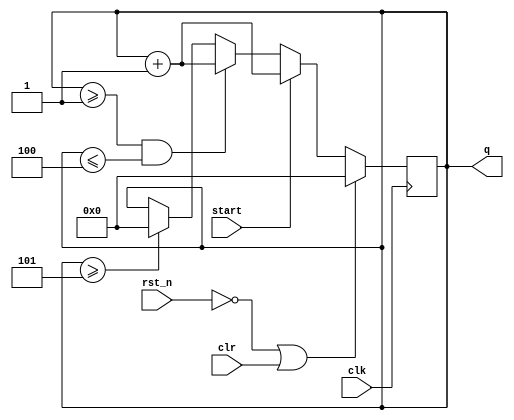
module counter
    (
        input wire        clk,
        input wire        rst_n,
        input wire        clr,
        input wire        start,
        output wire [3:0] q
    );
    
    reg [3:0] cnt_reg;

    always @(posedge clk)
    begin
        if (!rst_n || clr)
        begin
            cnt_reg <= 0;
        end
        else if (start)
        begin
            cnt_reg <= cnt_reg + 1;
        end
        else if (cnt_reg >= 1 && cnt_reg <= 4)
        begin
            cnt_reg <= cnt_reg + 1;
        end
        else if (cnt_reg >= 5)
        begin
            cnt_reg <= 0;
        end
    end
    
    assign q = cnt_reg;

endmodule